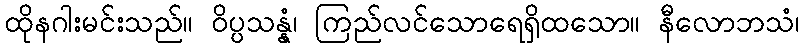
ထိုနဂါးမင်းသည်။ ဝိပ္ပသန္နံ၊ ကြည်လင်သောရေရှိထသော။ နီလောဘသံ၊